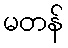
မတန်